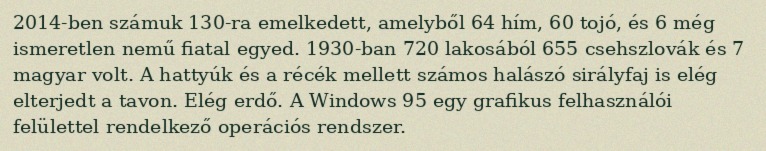
2014-ben számuk 130-ra emelkedett, amelyből 64 hím, 60 tojó, és 6 még ismeretlen nemű fiatal egyed. 1930-ban 720 lakosából 655 csehszlovák és 7 magyar volt. A hattyúk és a récék mellett számos halászó sirályfaj is elég elterjedt a tavon. Elég erdő. A Windows 95 egy grafikus felhasználói felülettel rendelkező operációs rendszer.